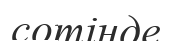
сотінде